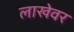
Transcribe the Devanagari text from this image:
लाखेवर